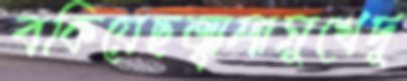
বকিয়েছজ্বালামুখেদু